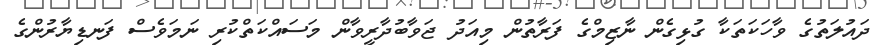
ދައުލަތުގެ ވާހަކަތަކާ ގުޅިގެން ނާޒިމްގެ ފަރާތުން މިއަދު ޖަވާބުދާރީވާން މަސައްކަތްކުރި ނަމަވެސް ފަނޑިޔާރުންގެ